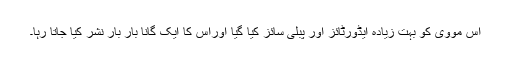
اس مووی کو بہت زیادہ ایڈورٹائز اور پبلی سائز کیا گیا اوراس کا ایک گانا بار بار نشر کیا جاتا رہا۔